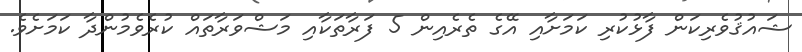
ޝައުޤުވެރިކަން ފާޅުކުރި ކަމަށާއި އޭގެ ތެރެއިން 5 ފަރާތަކާއި މަޝްވަރާތައް ކުރެވެމުންދާ ކަމަށެވެ.